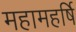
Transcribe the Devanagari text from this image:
महामहर्षि